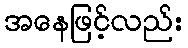
အနေဖြင့်လည်း